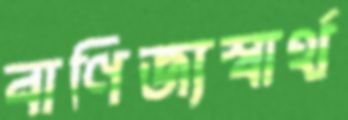
বাণিজ্যস্বার্থ